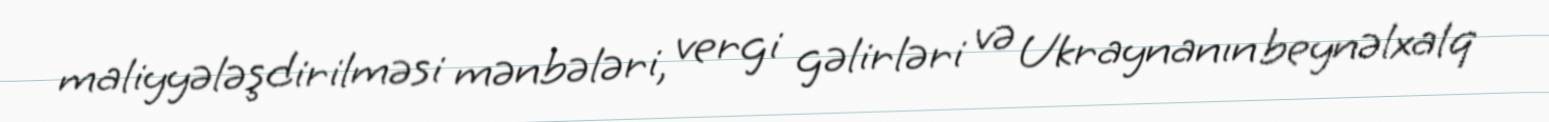
maliyyələşdirilməsi mənbələri, vergi gəlirləri və Ukraynanın beynəlxalq